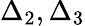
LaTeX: \Delta_{2},\Delta_{3}